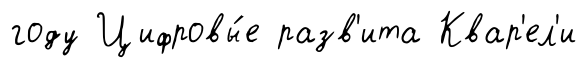
году Цифровы́е разв'ита Квар'ел'и